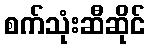
စက်သုံးဆီဆိုင်